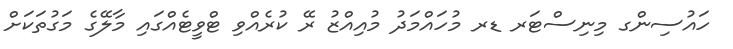
ހައުސިންގ މިނިސްޓަރ ޑރ މުހައްމަދު މުއިއްޒު ރޭ ކުރެއްވި ޓްވީޓެއްގައި މާލޭގެ މަގުތަކަށް